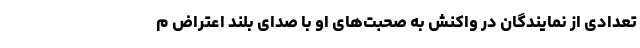
تعدادی از نمایندگان در واکنش به صحبت‌های او با صدای بلند اعتراض م